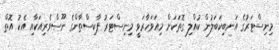
މިނިސްޓަރުގެ އަނބިކަބަލުން ކުއްލި ގޮތަކަށް މިއަވަހާރަވީ މިނިސްޓަރު ޕާކިސްތާންގެ ނޫސްވެރިއަކާއި އެކު އޮތް